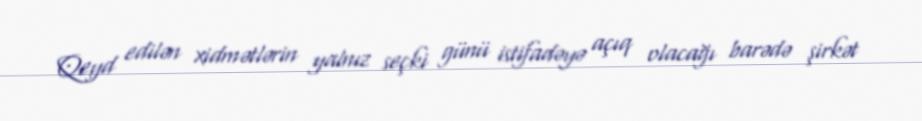
Qeyd edilən xidmətlərin yalnız seçki günü istifadəyə açıq olacağı barədə şirkət